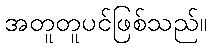
အတူတူပင်ဖြစ်သည်။